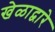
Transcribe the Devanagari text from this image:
खेळाद्वारे